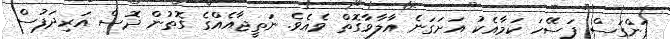
ފަންގަސް ފަސޭހަ ކަމާއެކު އަށަގަނެ އާލާވާގޮތް ވެއެވެ. ނަތީޖާއެއްގެ ގޮތުން ދޮސް އަރިދަފުސް